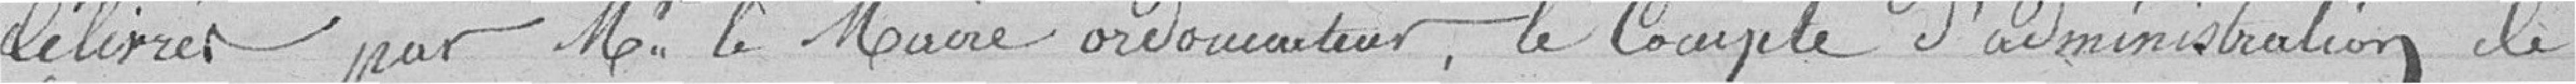
délivrés par Monsieur le Maire ordonnateur, le compte d'administration de